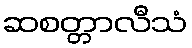
ဆစတ္တာလီသံ